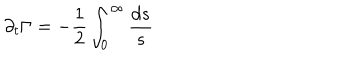
\partial _ { t } \Gamma = - \frac { 1 } { 2 } \int _ { 0 } ^ { \infty } \frac { { d } s } { s }